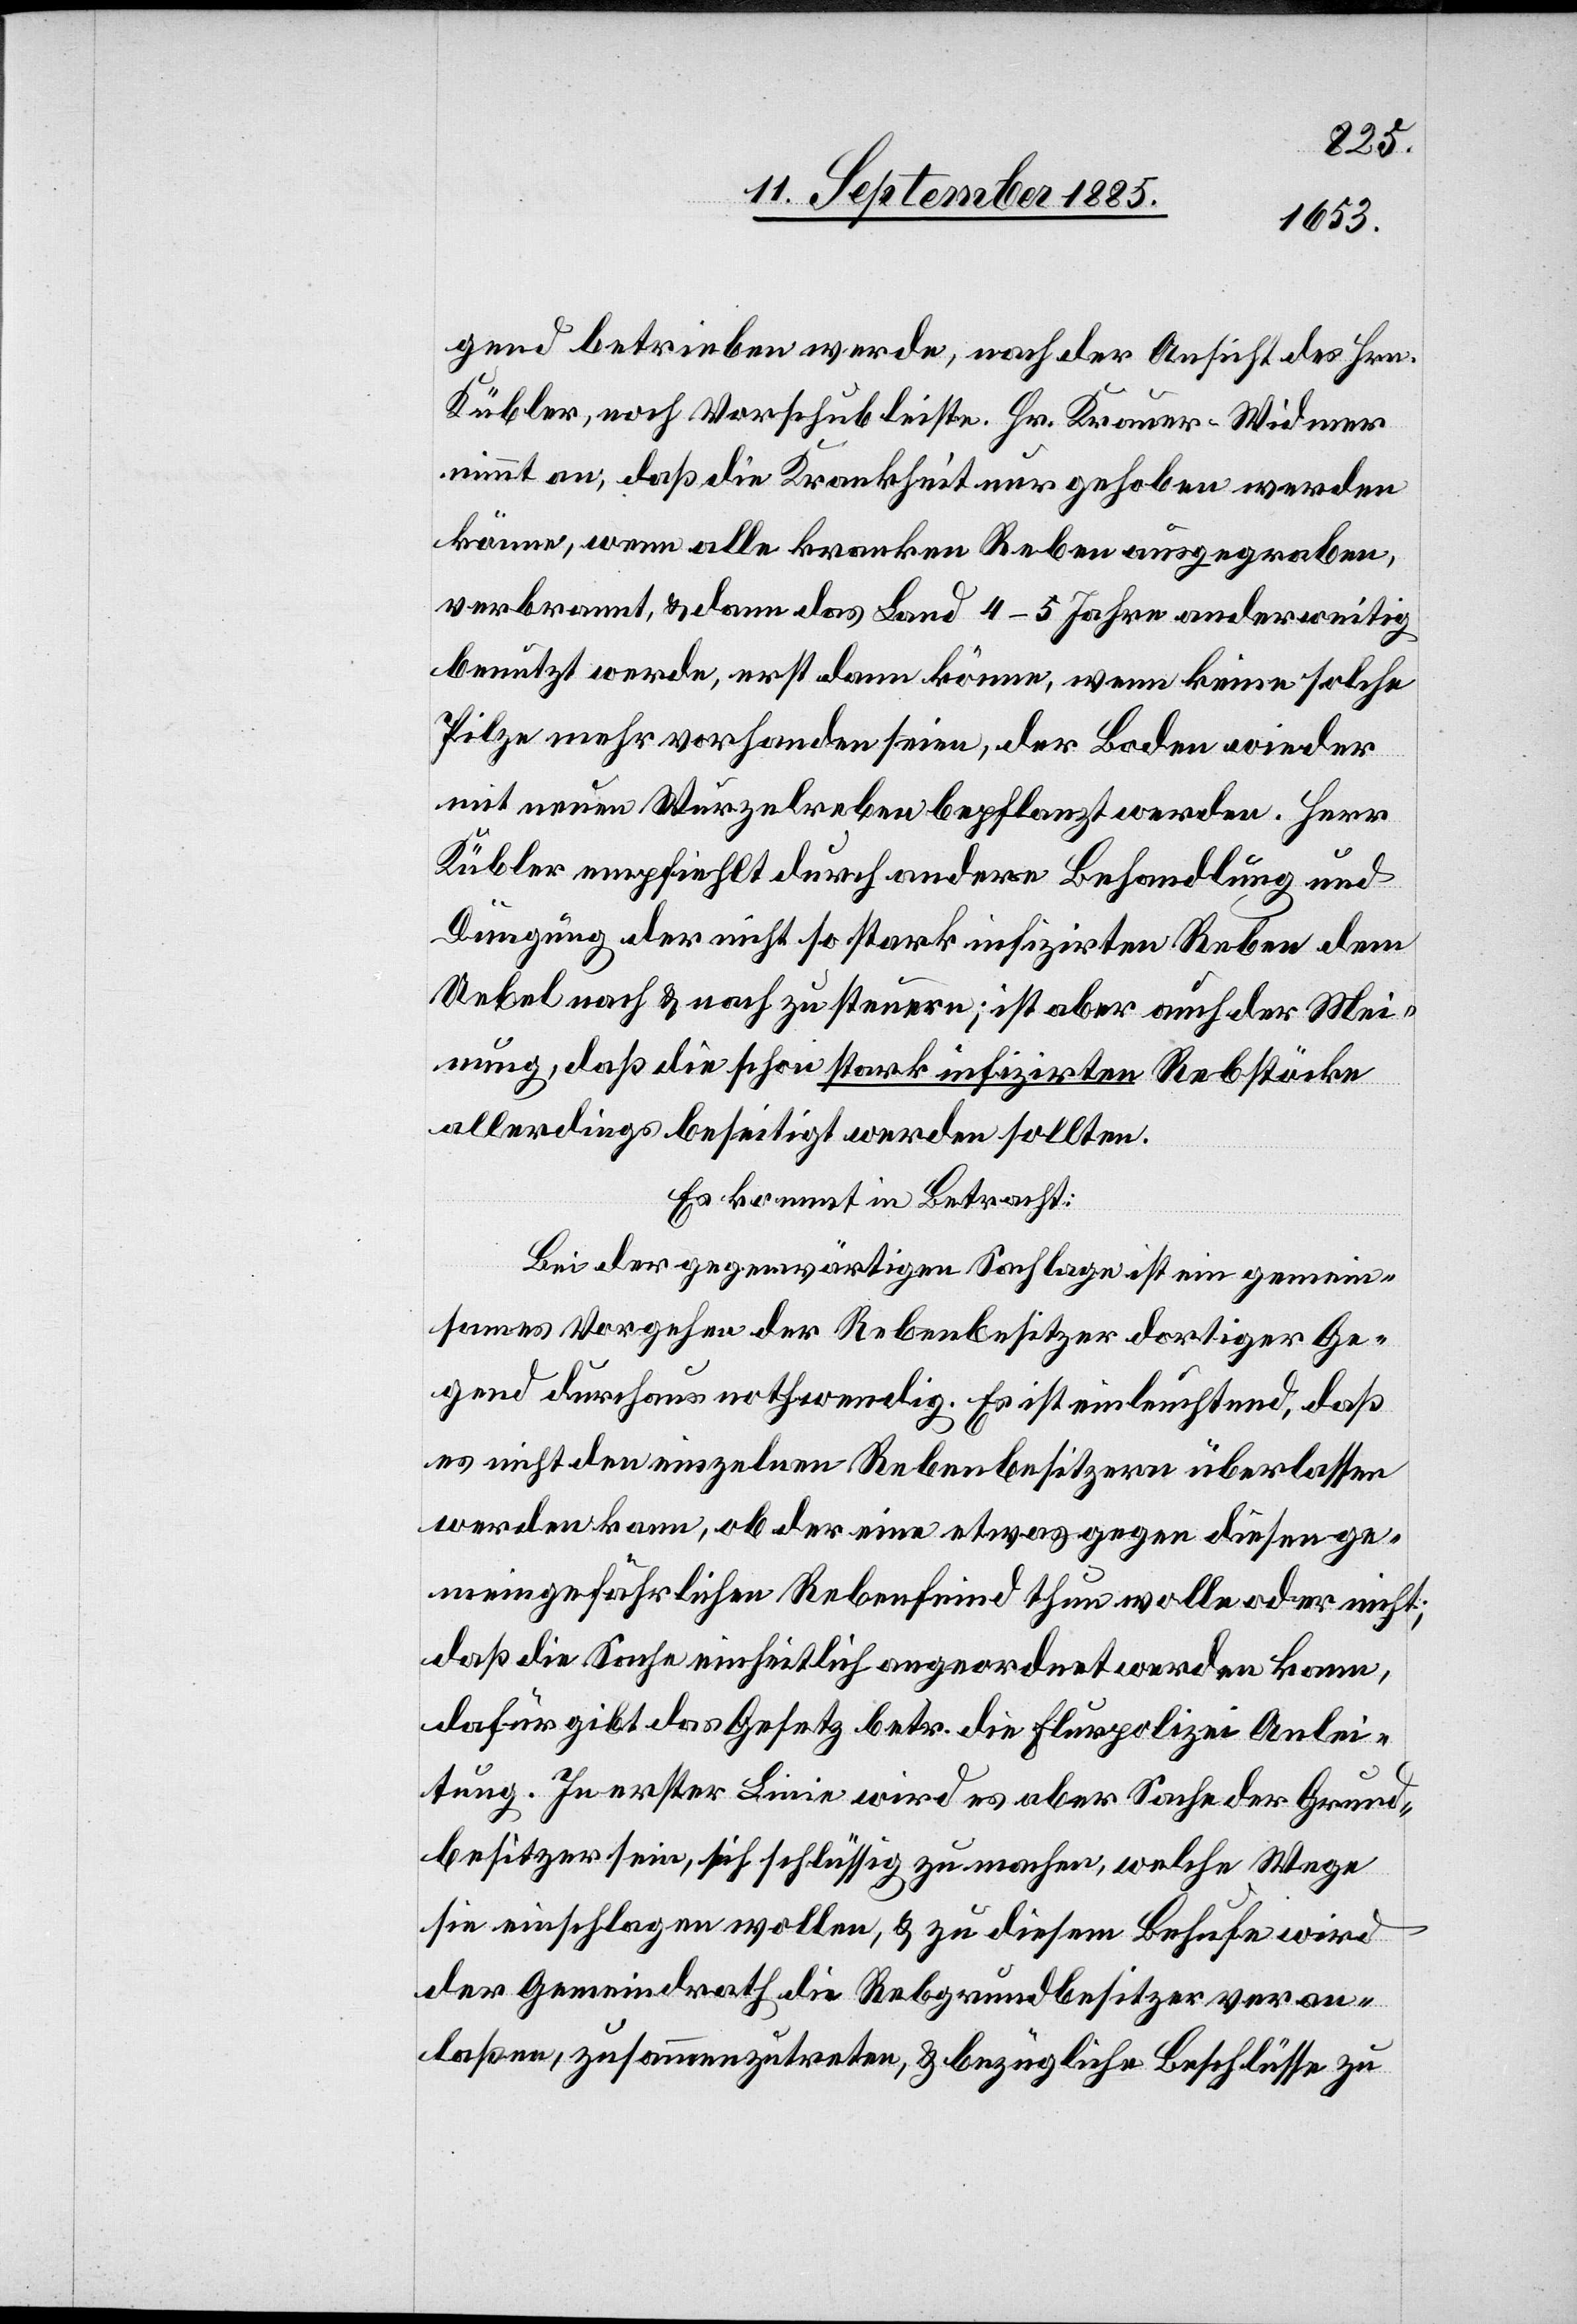
gend betrieben werde, nach der Ansicht des Hrn.
Kübler, noch Vorschub leiste. Hr. Krauer-Widmer
nimmt an, daß die Krankheit nur gehoben werden
könne, wenn alle kranken Reben ausgegraben,
verbrannt, & dann das Land 4–5 Jahre anderweitig
benutzt werde, erst dann könne, wenn keine solche
Pilze mehr vorhanden seien, der Boden wieder
mit neuen Wurzelreben bepflanzt werden. Herr
Kübler empfiehlt durch andere Behandlung und
Düngung der nicht so stark infizirten Reben dem
Uebel nach & nach zu steuern; ist aber auch der Mei¬
nung, daß die schon stark infizirten Rebstöcke
allerdings beseitigt werden sollten.
Es kommt in Betracht:
Bei der gegenwärtigen Sachlage ist ein gemein¬
sames Vorgehen der Rebenbesitzer dortiger Ge¬
gend durchaus nothwendig. Es ist einleuchtend, daß
es nicht den einzelnen Rebenbesitzern überlassen
werden kann, ob der eine etwas gegen diesen ge¬
meingefährlichen Rebenfeind thun wolle oder nicht;
daß die Sache einheitlich angeordnet werden kann,
dafür gibt das Gesetz betr. die Flurpolizei Anlei¬
tung. In erster Linie wird es aber Sache der Grund¬
besitzer sein, sich schlüssig zu machen, welche Wege
sie einschlagen wollen, & zu diesem Behufe wird
der Gemeindrath die Rebgrundbesitzer veran¬
laßen, zusammenzutreten, & bezügliche Beschlüsse zu